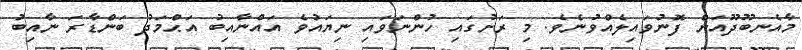
މާއެނބޫދޫއަށް ފޮނުވައިލެއްވުނެވެ. މި ރަށުގައި ހުންނަވައި ނިޔައުވެ އައްނާއިބު އަޙްމަދު ބަންޑާރަ ނާއިބު